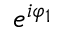
e ^ { i \varphi _ { 1 } }